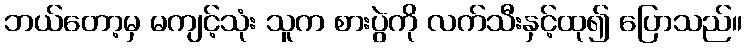
ဘယ်တော့မှ မကျင့်သုံး သူက စားပွဲကို လက်သီးနှင့်ထု၍ ပြောသည်။